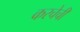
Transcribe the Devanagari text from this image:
करचेची